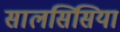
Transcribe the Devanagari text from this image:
सालसिसिया